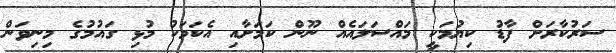
ސަރުކާރަށް ފާޑު ކިޔުމަކީ މައްސަލައެއް ނޫން ކަމަށާއި އެކަމަކު މުޅި ގައުމުގެ މިނިވަން